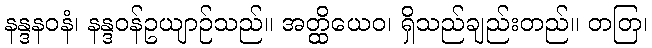
နန္ဒနဝနံ၊ နန္ဒဝန်ဥယျာဉ်သည်။ အတ္ထိယေဝ၊ ရှိသည်ချည်းတည်။ တတြ၊